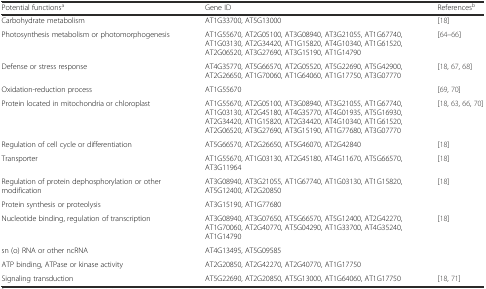
<table><thead><tr><td><b>Potential functions<sup>a</sup></b></td><td><b>Gene ID</b></td><td><b>References<sup>b</sup></b></td></tr></thead><tbody><tr><td>Carbohydrate metabolism</td><td>AT1G33700, AT5G13000</td><td>[18]</td></tr><tr><td>Photosynthesis metabolism or photomorphogenesis</td><td>AT1G55670, AT2G05100, AT3G08940, AT3G21055, AT1G67740, AT1G03130, AT2G34420, AT1G15820, AT4G10340, AT1G61520, AT2G06520, AT3G27690, AT3G15190, AT1G14790</td><td>[64–66]</td></tr><tr><td>Defense or stress response</td><td>AT4G35770, AT5G66570, AT2G05520, AT5G22690, AT5G42900, AT2G26650, AT1G70060, AT1G64060, AT1G17750, AT3G07770</td><td>[18, 67, 68]</td></tr><tr><td>Oxidation-reduction process</td><td>AT1G55670</td><td>[69, 70]</td></tr><tr><td>Protein located in mitochondria or chloroplast</td><td>AT1G55670, AT2G05100, AT3G08940, AT3G21055, AT1G67740, AT1G03130, AT2G45180, AT4G35770, AT4G01935, AT5G16930, AT2G34420, AT1G15820, AT2G34420, AT4G10340, AT1G61520, AT2G06520, AT3G27690, AT3G15190, AT1G77680, AT3G07770</td><td>[18, 63, 66, 70]</td></tr><tr><td>Regulation of cell cycle or differentiation</td><td>AT5G66570, AT2G26650, AT5G46070, AT2G42840</td><td>[18]</td></tr><tr><td>Transporter</td><td>AT1G55670, AT1G03130, AT2G45180, AT4G11670, AT5G66570, AT3G11964</td><td>[18]</td></tr><tr><td>Regulation of protein dephosphorylation or other modification</td><td>AT3G08940, AT3G21055, AT1G67740, AT1G03130, AT1G15820, AT5G12400, AT2G20850</td><td>[18]</td></tr><tr><td>Protein synthesis or proteolysis</td><td>AT3G15190, AT1G77680</td><td></td></tr><tr><td>Nucleotide binding, regulation of transcription</td><td>AT3G08940, AT3G07650, AT5G66570, AT5G12400, AT2G42270, AT1G70060, AT2G40770, AT5G04290, AT1G33700, AT4G35240, AT1G14790</td><td>[18]</td></tr><tr><td>sn (o) RNA or other ncRNA</td><td>AT4G13495, AT5G09585</td><td></td></tr><tr><td>ATP binding, ATPase or kinase activity</td><td>AT2G20850, AT2G42270, AT2G40770, AT1G17750</td><td></td></tr><tr><td>Signaling transduction</td><td>AT5G22690, AT2G20850, AT5G13000, AT1G64060, AT1G17750</td><td>[18, 71]</td></tr></tbody></table>